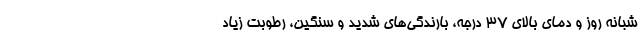
شبانه روز و دمای بالای ۳۷ درجه، بارندگی‌های شدید و سنگین، رطوبت زیاد